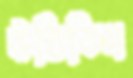
উঠিতিস